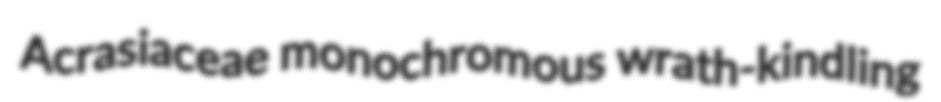
Acrasiaceae monochromous wrath-kindling